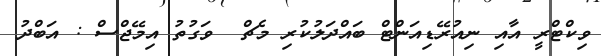
ވިކްޓްރީ އާއި ނިއުރޭޑިއަންޓް ބައްދަލުކުރި މެޗް  ވަގުތު އިމޭޖްސް : އަބްދު